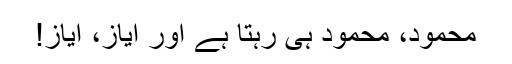
محمود، محمود ہی رہتا ہے اور ایاز، ایاز!